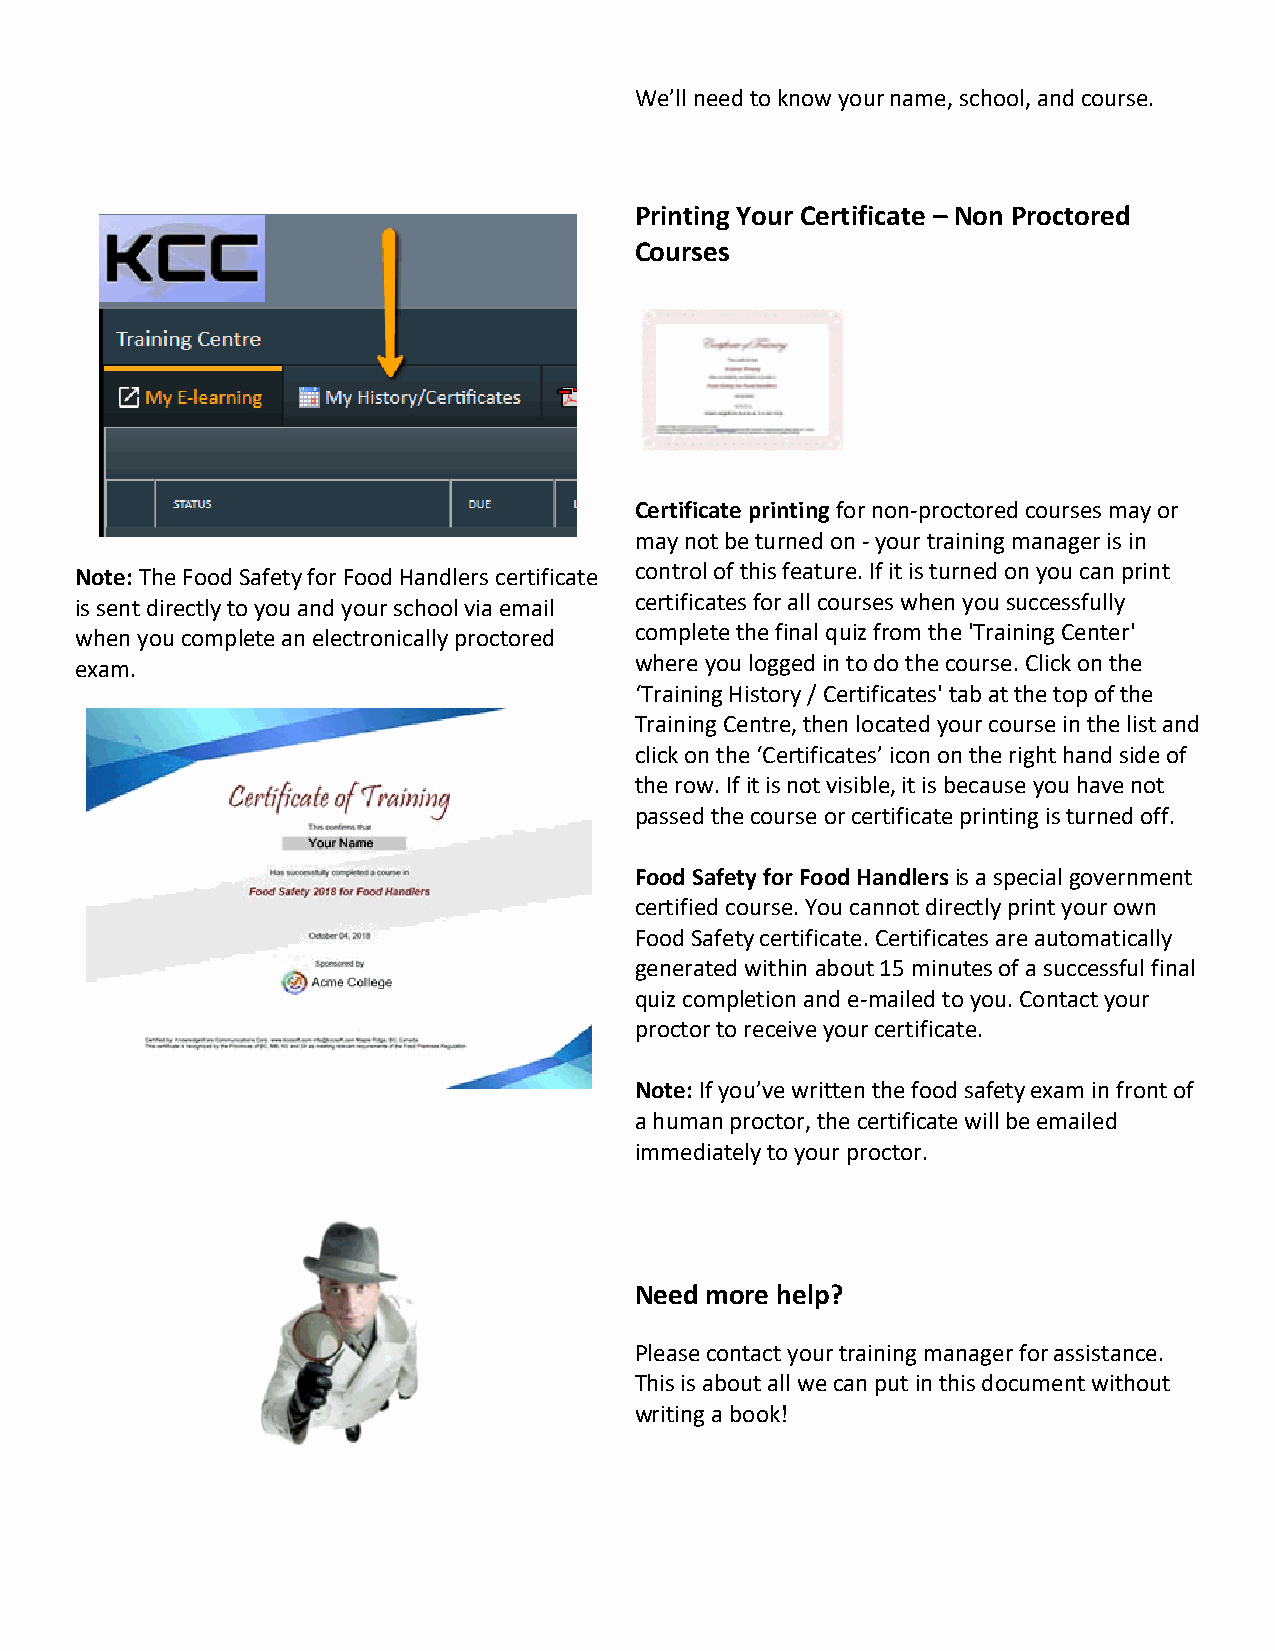
We’ll need to know your name, school, and course.
 Printing Your Certificate – Non Proctored
 Courses
 Certificate printing for non-proctored courses may or
 may not be turned on - your training manager is in
 Note: The Food Safety for Food Handlers certificate control of this feature. If it is turned on you can print
 is sent directly to you and your school via email certificates for all courses when you successfully
 when you complete an electronically proctored complete the final quiz from the 'Training Center'
 exam.                                where you logged in to do the course. Click on the
 ‘Training History / Certificates' tab at the top of the
 Training Centre, then located your course in the list and
 click on the ‘Certificates’ icon on the right hand side of
 the row. If it is not visible, it is because you have not
 passed the course or certificate printing is turned off.
 Food Safety for Food Handlers is a special government
 certified course. You cannot directly print your own
 Food Safety certificate. Certificates are automatically
 generated within about 15 minutes of a successful final
 quiz completion and e-mailed to you. Contact your
 proctor to receive your certificate.
 Note: If you’ve written the food safety exam in front of
 a human proctor, the certificate will be emailed
 immediately to your proctor.
 Need more help?
 Please contact your training manager for assistance.
 This is about all we can put in this document without
 writing a book!